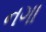
નગા